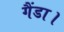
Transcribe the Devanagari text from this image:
गैंडा।